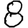
Digit: 8